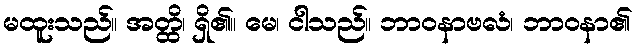
မထူးသည်။ အတ္ထိ၊ ရှိ၏။ မေ၊ ငါသည်။ ဘာဝနာဗလံ၊ ဘာဝနာ၏